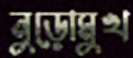
নুড়োমুখ